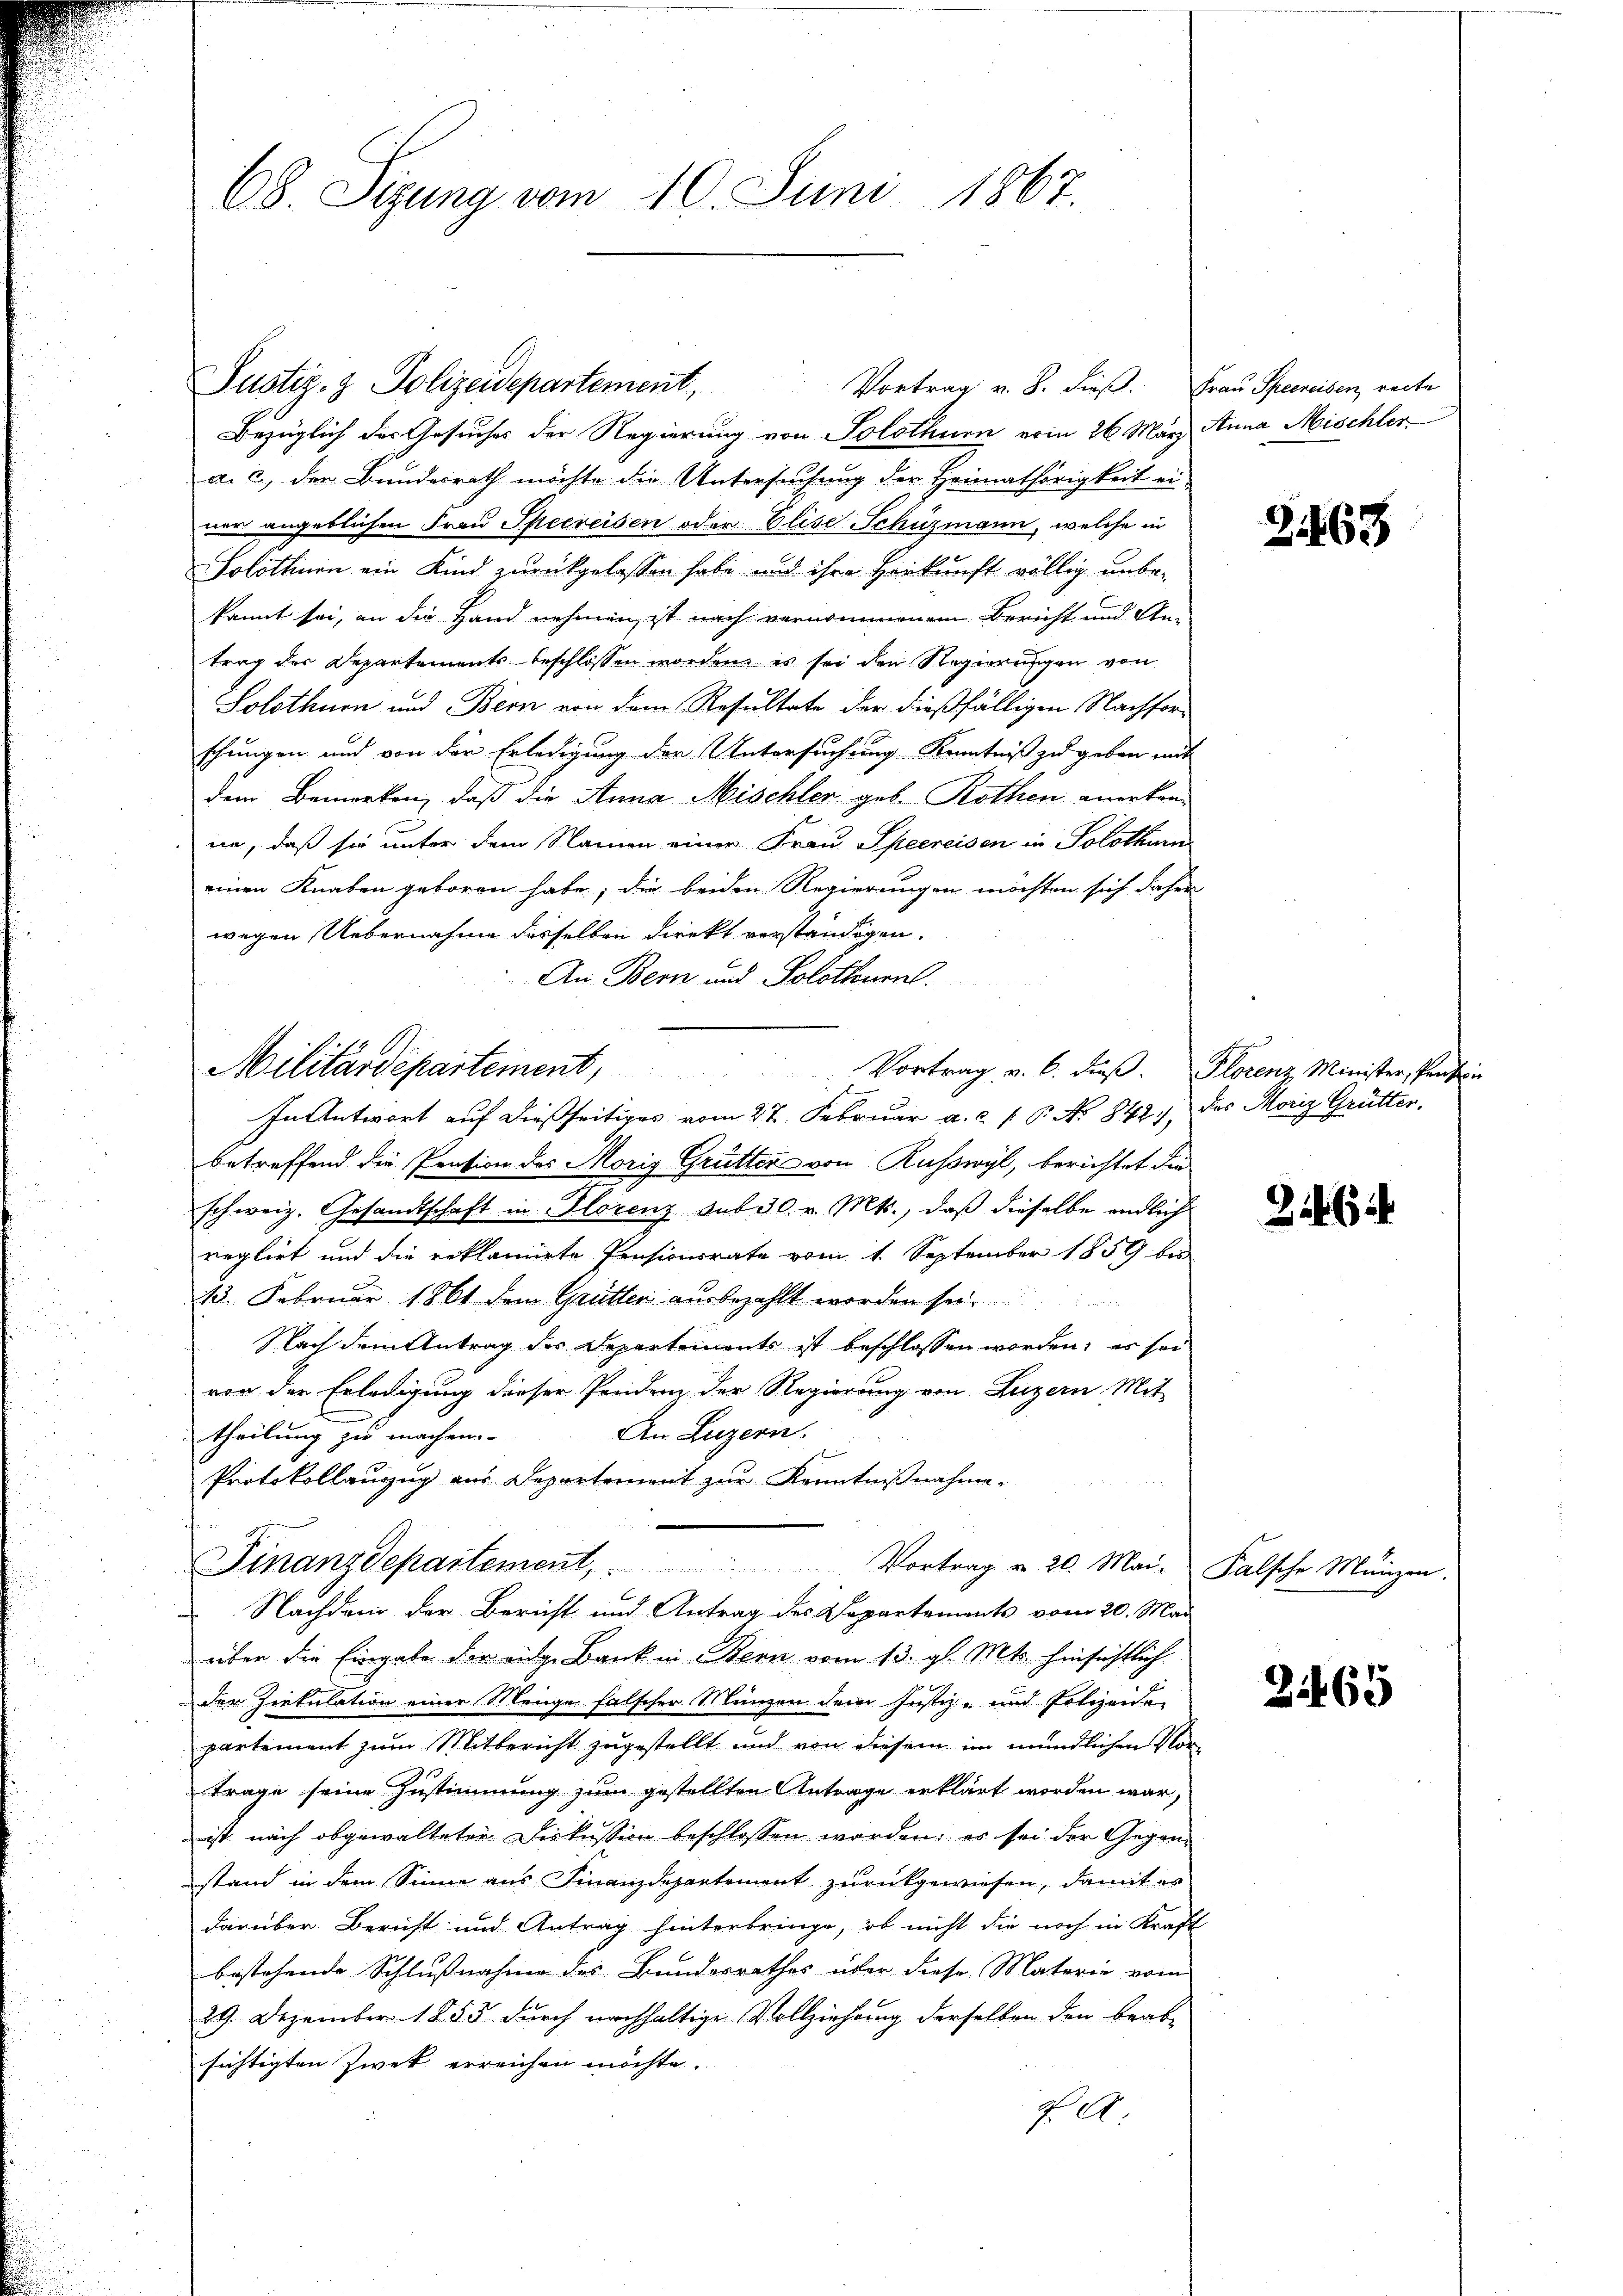
68. Sizung vom 10. Juni 1867.

Bezüglich des Gesuches der Regierung von Solothurn erin 26 März Anna Mischler
a. c., der Bundesrath möchte die Untersuchung der Heimathörigkeit ei-
ner angeblichen Frau Sperreisen oder Elise Schüzmann, welche in
Solothurn ein Kind zurückgelassen habe und ihre Herkunft völlig unbekannt sei, an die Hand nehmen, ist nach vernommenem Bericht und An-
trag der Departements beschlossen worden, es sei den Regierungen von
Solothurn und Bern von dem Resultate der dießfälligen Nachforschungen und von der Erledigung der Untersuchung Kenntniß zu geben mit
dem Bemerken, daß die Anna Mischler geb. Rothen anerken-
in, daß sie unter dem Namen einer Frau Specreisen in Solothurn
einen Knaben geboren habe; die beiden Regierungen möchten sich daher
wegen Uebernahme desselben direkt verständigen.
An Bern und Solothurn.
s
In Antwort auf dießseitiges vom 27. Februar a. c. 1 P. No 842 des Moriz Grütter.
betreffend die Pration des Morig Grütter von Russwyl, berichtet die
schweiz. Gesandtschaft in Florenz sub 30. v. Mts., daß dieselbe endlich
reglirt und die erklännete Pensionsrate vom 1. September 1859 bis
13. Februar 1861 dem Grütter ausbezahlt worden sei.
Nach dem Antrag der Departements ist beschlossen worden, es sei
von der Erledigung dieser Pendenz der Regierung von Luzern Mit
An Luzern.
theilung zu machen.
Protokollanzug aus Departement zur Kenntnißnahme.
Finanzdepartement, Vortrag u. 20. Mai. Falsche Münzen.
 Nachdem der Bericht und Antrag des Departements vom 20. Mai
über die Eingabe der eidg. Bank in Bern vom 13. gl. Mts. hinsichtlich
der Zirkulation einer Menge falscher Münzen dem Justiz- und Polizeide-
partement zum Mitbericht zugestellt und von diesem im mündlichen Vortrage seine Zustimmung zum gestellten Antrage erklärt worden war,
ist nach abgewalteter Diskussion beschlossen worden: es sei der Gegenstand in dem Sinne aus Finanzdepartement zurückgewiesen, damit es
darüber Bericht und Antrag hinterbringe, ob nicht die noch in Kraft
bestehende Schlußnahme des Banderrathes über diese Materie vom
29. Dezember 1855 durch nachhaltige Vollziehung derselben den beab-
sichtigten Zwek erreichen möchte.
F. A

Justiz- & Polizeidepartement,

Militärdepartement, Vortrag v. 6. dieβ. Plorenz Minister, Pensin

Vortrag v. 8. dieß. Frau Scheereiben, reite

3463

2465